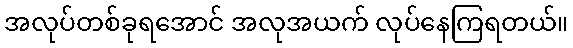
အလုပ်တစ်ခုရအောင် အလုအယက် လုပ်နေကြရတယ်။